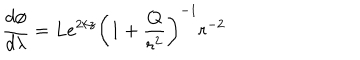
LaTeX: \frac { d \phi } { d \lambda } = L e ^ { 2 k z } { \left( 1 + \frac { Q } { r ^ { 2 } } \right) } ^ { - 1 } r ^ { - 2 }